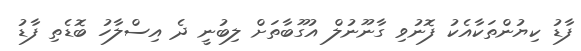
ފާޑު ކިޔުންތަކާއެކު ފޮނުވި ގާނޫނުލް އުގޫބާތަށް ލިބުނީ ދެ އިސްލާހު ބޮޑެތި ފާޑު